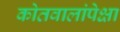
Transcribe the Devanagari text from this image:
कोतवालांपेक्षा